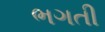
ભગતી